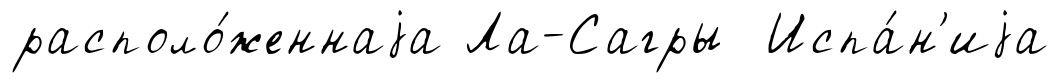
располо́женнаjа Ла-Сагры Испа́н'иjа